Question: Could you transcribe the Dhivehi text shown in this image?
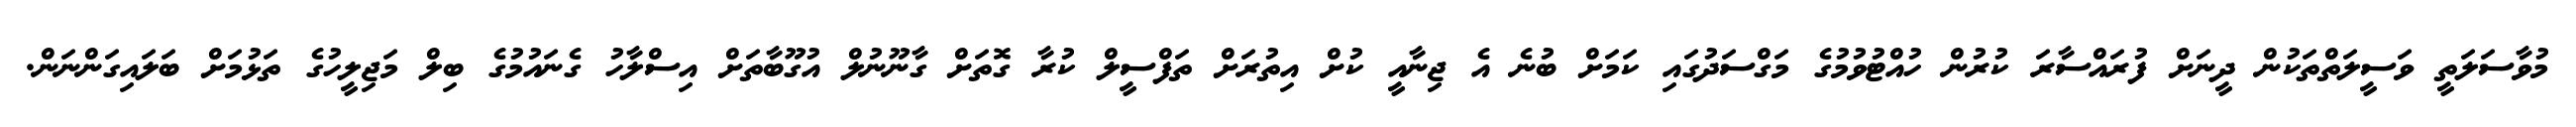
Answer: މުވާސަލަތީ ވަސީލަތްތަކުން ދީނަށް ފުރައްސާރަ ކުރުން ހުއްޓުވުމުގެ މަގްސަދުގައި ކަމަށް ބުނެ އެ ޖިނާއީ ކުށް އިތުރަށް ތަފްސީލް ކުރާ ގޮތަށް ގާނޫނުލް އުގޫބާތަށް އިސްލާހު ގެނައުމުގެ ބިލް މަޖިލީހުގެ ތަޅުމަށް ބަލައިގަންނަން.